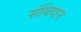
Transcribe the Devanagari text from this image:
संविदान